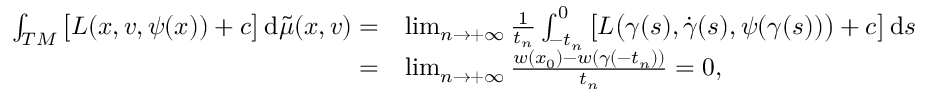
\begin{array} { r l } { \int _ { T M } \big [ L ( x , v , \psi ( x ) ) + c \big ] \, \mathrm { d } \tilde { \mu } ( x , v ) = } & { \operatorname* { l i m } _ { n \to + \infty } \frac 1 { t _ { n } } \int _ { - t _ { n } } ^ { 0 } \big [ L \bigl ( \gamma ( s ) , \dot { \gamma } ( s ) , \psi ( \gamma ( s ) ) \bigr ) + c \big ] \, \mathrm { d } s } \\ { = } & { \operatorname* { l i m } _ { n \to + \infty } \frac { w ( x _ { 0 } ) - w ( \gamma ( - t _ { n } ) ) } { t _ { n } } = 0 , } \end{array}